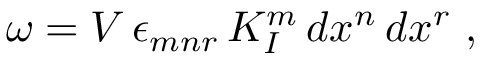
\omega = V \, \epsilon _ { m n r } \, K _ { I } ^ { m } \, d x ^ { n } \, d x ^ { r } \ ,